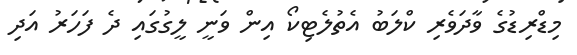
މިޑްރިޑުގެ ވާދަވެރި ކްލަބު އެތުލެޓިކޯ އިން ވަނީ ލީގުގައި ދެ ފަހަރު އަދި